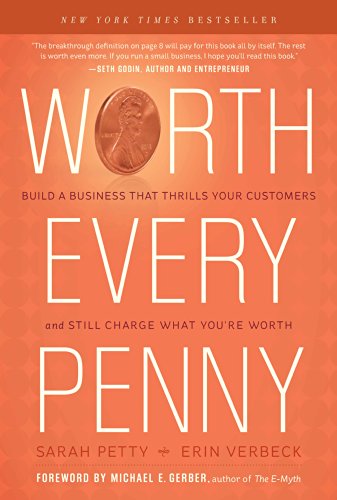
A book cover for Worth Every Penny: Build a Business That Thrills Your Customers and Still Charge What You're Worth; Erin Verbeck; Business & Money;